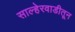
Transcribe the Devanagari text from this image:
साल्हेरवाडीतून